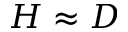
H \approx D